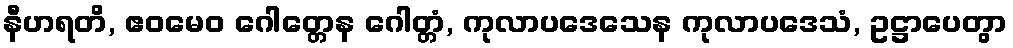
နီဟရတိ, ဧဝမေဝ ဂေါတ္တေန ဂေါတ္တံ, ကုလာပဒေသေန ကုလာပဒေသံ, ဥဋ္ဌာပေတွာ